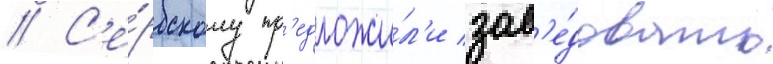
// С'е́рбскому пр'едложи́л'и зав'е́довать